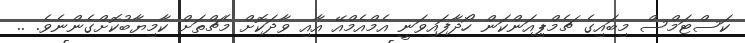
ކަސްޓަމްސް މިބައިގެ ޗެމްޕިއަންކަން ހޯދާފައިވަނީ އެމްއެމްއޭ އާއި ވާދަކޮށް މެޗްތަށް ކާމިޔާބުކޮށްގެންނެވެ. ..